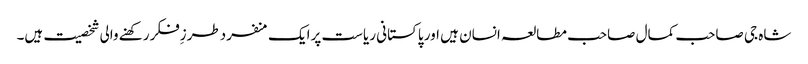
شاہ جی صاحب کمال صاحب مطالعہ انسان ہیں اور پاکستانی ریاست پرایک منفردطرزِفکررکھنے والی شخصیت ہیں۔